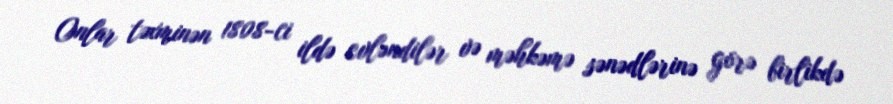
Onlar təxminən 1808-ci ildə evləndilər və məhkəmə sənədlərinə görə birlikdə